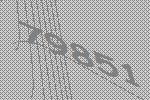
79851